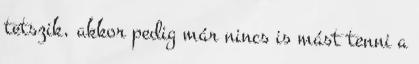
tetszik, akkor pedig már nincs is mást tenni a